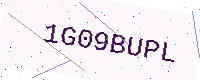
Text: 1G09BUPL